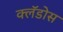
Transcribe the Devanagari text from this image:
क्लॅडोस